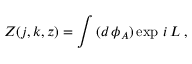
Z ( j , k , z ) = \int \, ( d \, \phi _ { A } ) \exp \, i \, L \; ,